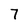
Character: 7